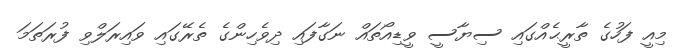
މިއީ ފަހުގެ ތާރީޙެއްގައި ސިޔާސީ ވީޑިއޯތައް ނަގާފައި ދިވެހިންގެ ތެރޭގައި ވައިރަލްވި ފުރަތަމަ